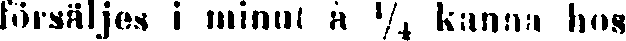
försäljes i minut à ¼ kanna hos